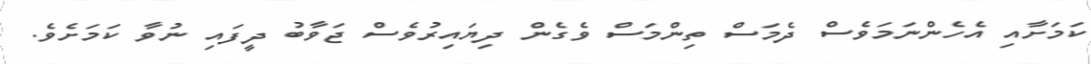
ކަމަށާއި އެހެންނަމަވެސް ދެމަސް ތިންމަސް ވެގެން ދިޔައިރުވެސް ޖަވާބު ދީފަައި ނުވާ ކަމަށެވެ.